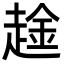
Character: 趛